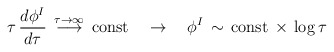
\begin{align*}\tau \, \frac{d\phi^I}{d\tau} \, \stackrel{\tau \to \infty}{\longrightarrow } \, \mbox{const} \quad \rightarrow \quad \phi^I \, \sim \, \mbox{const}\, \times \, \log \tau\end{align*}